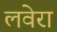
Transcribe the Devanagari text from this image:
लवेरा